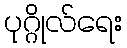
ပုဂ္ဂိုလ်ရေး